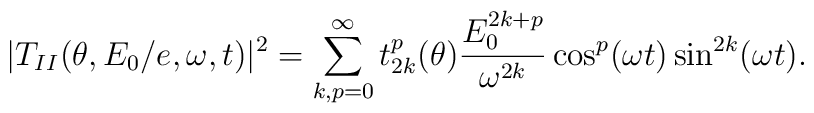
|T_{II}(\theta ,E_{0}/e,\omega ,t)|^{2}=\sum_{k,p=0}^{\infty}t_{2k}^{p}(\theta )\frac{E_{0}^{2k+p}}{\omega ^{2k}}\cos ^{p}(\omega t)\sin^{2k}(\omega t).